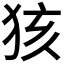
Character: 𱭺